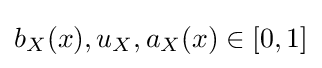
b_{X}(x),u_{X},a_{X}(x)\in [0,1]\,\!